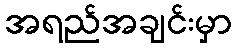
အရည်အချင်းမှာ